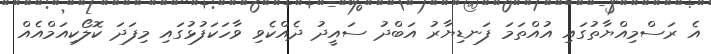
އެ ރަސްމިއްޔާތުގައި އުއްތަމަ ފަނޑިޔާރު އަބްދު ސައީދު ދެއްކެވި ވާހަކަފުޅުގައި މިފަދަ ކޮލޯކިއަމްއެއް